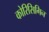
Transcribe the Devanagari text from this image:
कोरिसिगिन